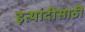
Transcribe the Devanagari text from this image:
इत्यांदीसाठी